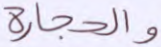
والحجارة